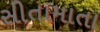
સીતામાતા